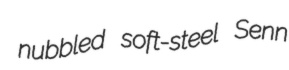
nubbled soft-steel Senn